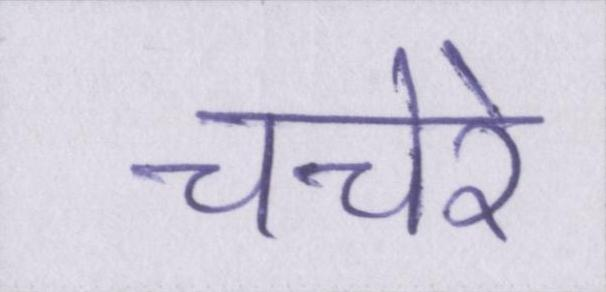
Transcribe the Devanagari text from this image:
चचेरे